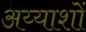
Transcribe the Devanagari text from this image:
अय्याशों